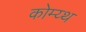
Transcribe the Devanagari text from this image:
कोम्य्थ